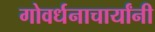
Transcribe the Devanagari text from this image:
गोवर्धनाचार्यांनी